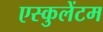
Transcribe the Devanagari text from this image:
एस्कुलेंटम